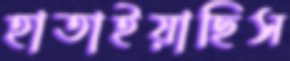
হাতাইয়াছিস